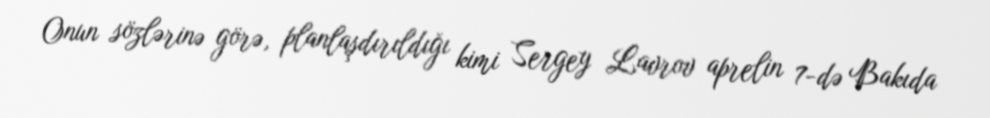
Onun sözlərinə görə, planlaşdırıldığı kimi Sergey Lavrov aprelin 7-də Bakıda